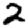
Digit: 2